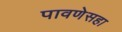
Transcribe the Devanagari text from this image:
पावणेसहा